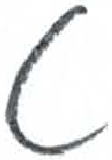
אות: ט